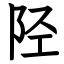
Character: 陉